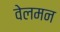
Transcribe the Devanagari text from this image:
वेलमन